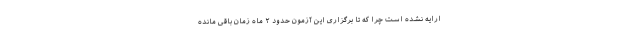
ارایه نشده است چرا که تا برگزاری این آزمون حدود ۲ ماه زمان باقی مانده